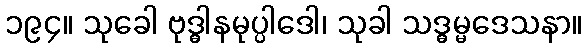
၁၉၄။ သုခေါ ဗုဒ္ဓါနမုပ္ပါဒေါ၊ သုခါ သဒ္ဓမ္မဒေသနာ။